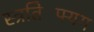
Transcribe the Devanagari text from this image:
स्त्रतिफ्यिंग